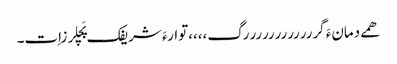
ھمے دمانءَ گررررررررررررگ،،،،توارءَ شریفک پَچلرزاِت۔